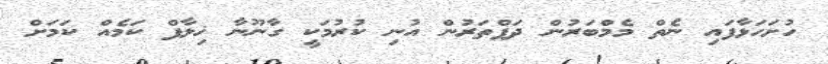
ހުށަހަޅާފައި ނެތް މެމްބަރުން ދަފްތަރުން އުނި ކުރުމަކީ ގާނޫނާ ޚިލާފް ކަމެއް ކަމަށް